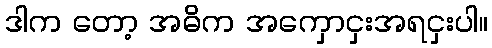
ဒါက တော့ အဓိက အကှောငှးအရငှးပါ။